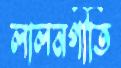
লালনগীতি